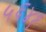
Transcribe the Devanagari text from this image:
५६४१